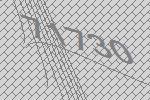
71730